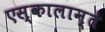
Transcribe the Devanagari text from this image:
एस्कालान्ते